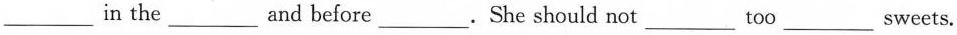
___ in the ___ and before ___ . She should not ___ too ___ sweets.